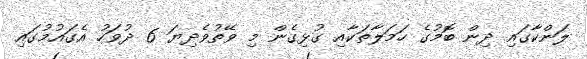
ލަންކާގައި ދިން ބޮމުގެ ހަމަލާތަކާއި ގުޅިގެން މި ވޭތުވެދިޔަ 6 ދުވަހު އެގައުމުގައި